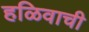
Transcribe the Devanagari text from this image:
हळिवाची